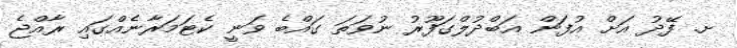
ށ. ފޭދު އަށް އުފަން އަބްދުލްގަފޫރު ނުވަތަ ގައްބެ ވަނީ ކެޓަމަރާނެއްގައި ރާއްޖެ